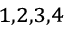
^ { 1 , 2 , 3 , 4 }